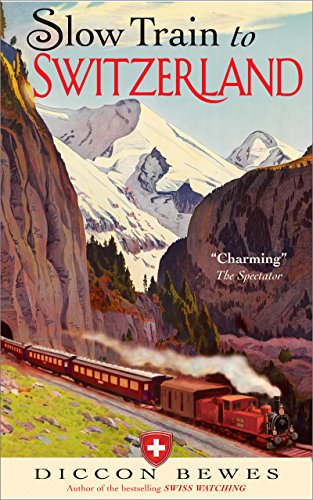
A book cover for Slow Train to Switzerland: One Tour, Two Trips, 150 YearsEEand a World of Change Apart; Diccon Bewes; Travel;